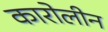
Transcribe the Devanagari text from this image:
कारोलीन